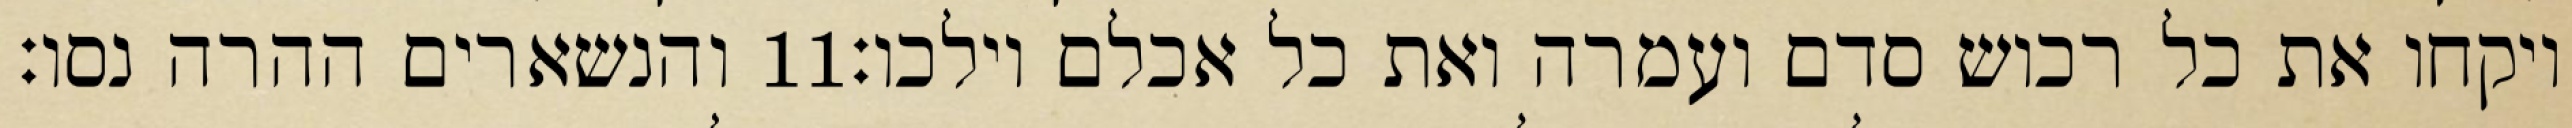
והנשארים ההרה נסו׃ ‎11‏ ויקחו את כל רכוש סדם ועמרה ואת כל אכלם וילכו׃